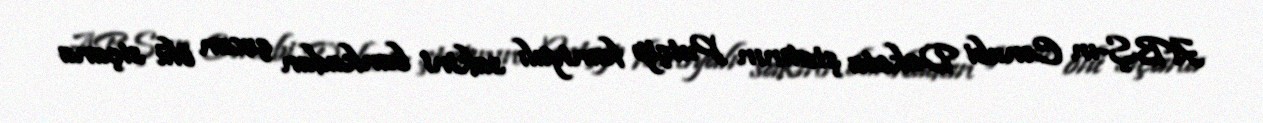
ABŞ-ın Cənubi Dakota ştatının Putçip famiyalı sakini bankadan çıxan ölü siçana